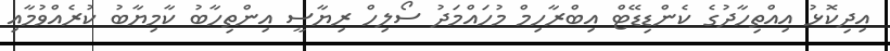
އިދިކޮޅު އިއްތިހާދުގެ ކެންޑިޑޭޓް އިބްރާހިމް މުހައްމަދު ސޯލިހް ރިޔާސީ އިންތިހާބު ކާމިޔާބު ކުރެއްވުމާއި